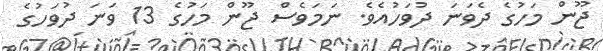
ޖޫން މަހުގެ ދެވަނަ ދުވަހުއެވެ. ނަމަވެސް ޖޫން މަހުގެ 13 ވަނަ ދުވަހުގެ